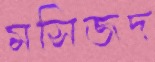
মসিজদ